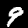
Label: 9